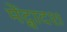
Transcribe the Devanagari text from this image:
मेंद्वादश